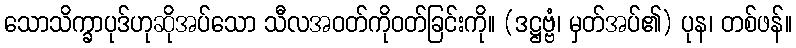
သောသိက္ခာပုဒ်ဟုဆိုအပ်သော သီလအဝတ်ကိုဝတ်ခြင်းကို။ (ဒဋ္ဌဗ္ဗံ၊ မှတ်အပ်၏) ပုန၊ တစ်ဖန်။